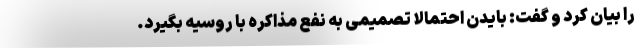
را بیان کرد و گفت: بایدن احتمالا تصمیمی به نفع مذاکره با روسیه بگیرد.